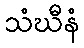
သံဃီနံ